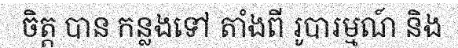
ចិត្ត បាន កន្លងទៅ តាំងពី រូបារម្មណ៍ និង